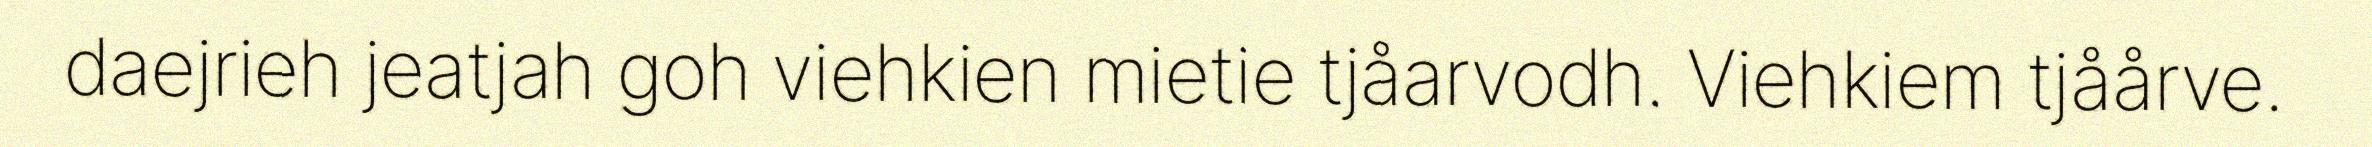
daejrieh jeatjah goh viehkien mietie tjåarvodh. Viehkiem tjåårve.